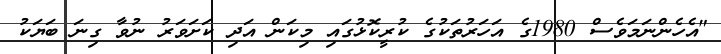
"އެހެންނަމަވެސް 1980ގެ އަހަރުތަކުގެ ކުރީކޮޅުގައި މިކަން އަދި ކަށަވަރު ނުވާ ގިނަ ބަޔަކު